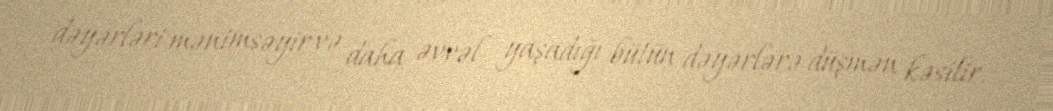
dəyərləri mənimsəyir və daha əvvəl yaşadığı bütün dəyərlərə düşmən kəsilir.